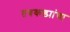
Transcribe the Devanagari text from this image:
तबकड्यांचा